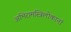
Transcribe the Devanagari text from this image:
अभिरामस्त्रिलोकानां